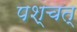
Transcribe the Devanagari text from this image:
पश्चत्